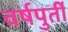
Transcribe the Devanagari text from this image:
वर्षपुर्ती